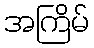
အကြိမ်